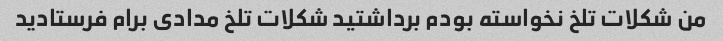
من شکلات تلخ نخواسته بودم برداشتید شکلات تلخ مدادی برام فرستادید